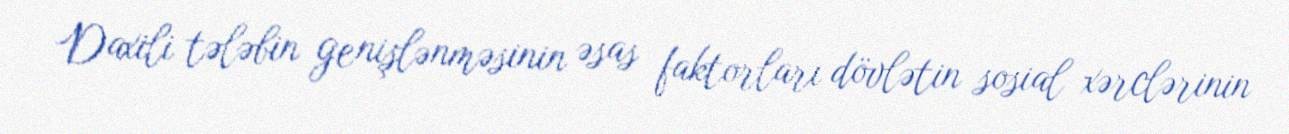
Daxili tələbin genişlənməsinin əsas faktorları dövlətin sosial xərclərinin